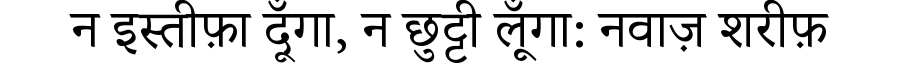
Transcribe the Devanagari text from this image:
न इस्तीफ़ा दूँगा, न छुट्टी लूँगा: नवाज़ शरीफ़